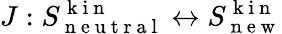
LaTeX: J:S_{\mathrm{~n~e~u~t~r~a~l~}}^{\mathrm{~k~i~n~}}\leftrightarrow S_{\mathrm{~n~e~w~}}^{\mathrm{~k~i~n~}}